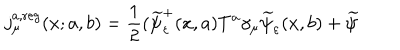
j _ { \mu } ^ { a , \mathrm { r e g } } ( x ; a , b ) = \frac 1 2 ( \widetilde { \psi } _ { \varepsilon } ^ { + } ( x , a ) T ^ { a } \gamma _ { \mu } \widetilde { \psi } _ { \varepsilon } ( x , b ) + \widetilde { \psi }